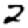
Digit: 2